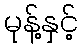
မုန့်နှင့်